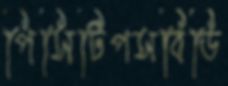
পিসিটিপসবিডি